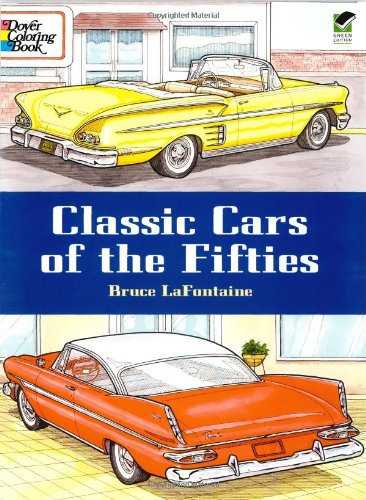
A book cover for Classic Cars of the Fifties (Dover History Coloring Book); Bruce LaFontaine; Children's Books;